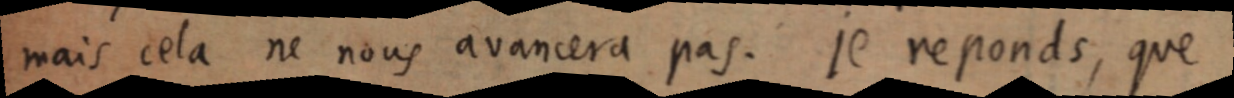
mais cela ne nous avancera pas. Je reponds, que